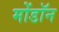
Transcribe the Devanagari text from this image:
मोंडॉन